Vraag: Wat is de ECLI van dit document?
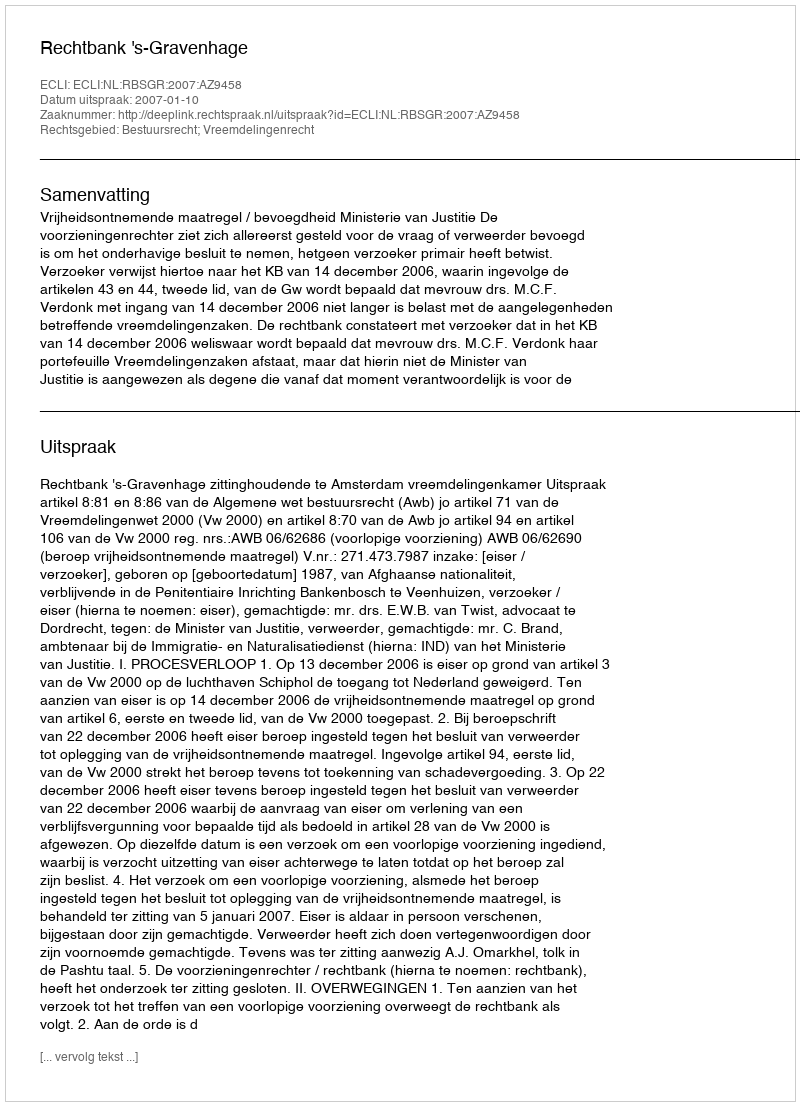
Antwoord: ECLI:NL:RBSGR:2007:AZ9458